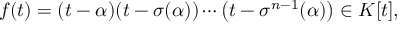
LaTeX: f ( t ) = ( t - \alpha ) ( t - \sigma ( \alpha ) ) \cdots \left( t - \sigma ^ { n - 1 } ( \alpha ) \right) \in K [ t ] ,